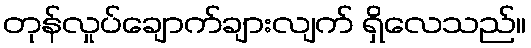
တုန်လှုပ်ချောက်ချားလျက် ရှိလေသည်။